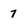
Character: 7